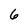
Character: 6